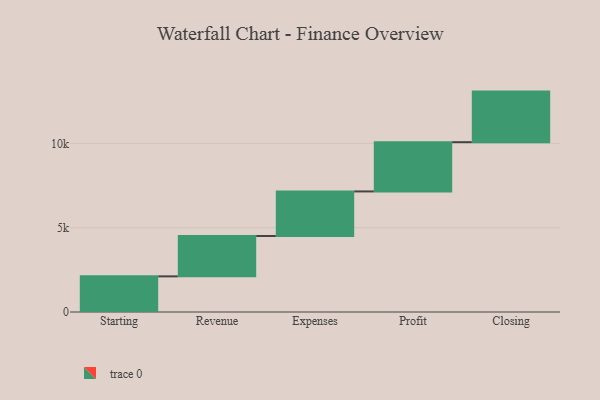
{"axis": {"x": "Step", "y": "Value"}, "legend": [""], "data": [{"x": "Starting", "y": 2114.0, "type": ""}, {"x": "Revenue", "y": 2396.0, "type": ""}, {"x": "Expenses", "y": 2643.0, "type": ""}, {"x": "Profit", "y": 2923.0, "type": ""}, {"x": "Closing", "y": 3000, "type": ""}]}